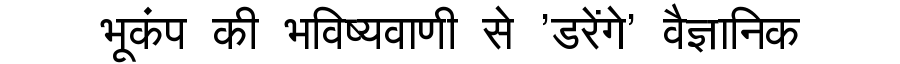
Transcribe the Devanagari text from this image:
भूकंप की भविष्यवाणी से 'डरेंगे' वैज्ञानिक